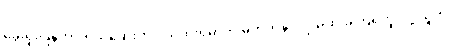
ခွေးရူးပြန်ကာကွယ်ဆေးက ဝယ်ထိုးရမှာကို မတတ်နိုင်လို့ မထိုးခဲ့ကြရဘူးလို့ သူက